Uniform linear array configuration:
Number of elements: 64
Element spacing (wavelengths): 1
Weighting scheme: binomial
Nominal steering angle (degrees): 45
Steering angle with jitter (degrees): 44.107
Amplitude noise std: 0.05
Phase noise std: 0.05

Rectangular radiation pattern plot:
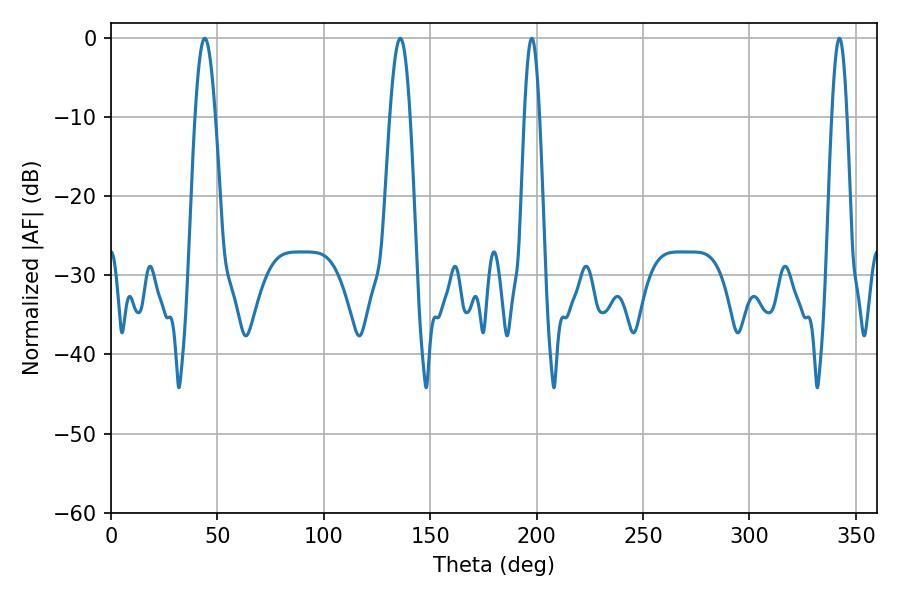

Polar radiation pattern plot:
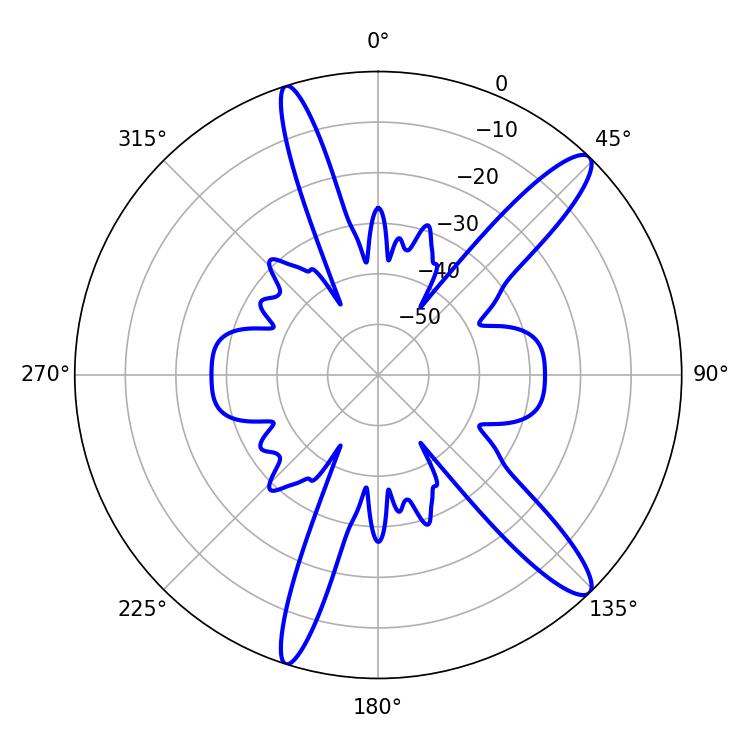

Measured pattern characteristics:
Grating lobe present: TRUE
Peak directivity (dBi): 13.379
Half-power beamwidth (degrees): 5.04
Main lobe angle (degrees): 135.9